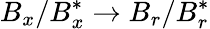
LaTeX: B_{x}/B_{x}^{*}\rightarrow B_{r}/B_{r}^{*}